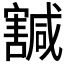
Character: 𡫴